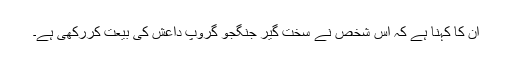
ان کا کہنا ہے کہ اس شخص نے سخت گیر جنگجو گروپ داعش کی بیعت کررکھی ہے۔